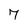
Character: 7